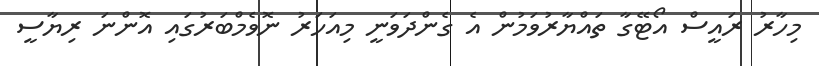
މިހާރު ރައީސް އޯޓޭގާ ތައްޔާރުވަމުން އެ ގެންދަވަނީ މިއަހަރު ނޮވެމްބަރުގައި އޮންނަ ރިޔާސީ